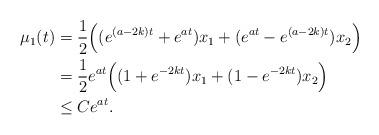
LaTeX: \begin{align*} \mu_1(t) &=\frac{1}{2}\Big((e^{(a-2k)t}+e^{at})x_1+( e^{at} -e^{(a-2k)t})x_2\Big) \\&=\frac{1}{2}e^{at}\Big((1+e^{-2kt})x_1+(1-e^{-2kt})x_2\Big) \\& \leq C e^{at}.\end{align*}